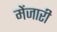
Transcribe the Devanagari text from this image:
मेंजारी